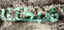
شبكتنا